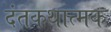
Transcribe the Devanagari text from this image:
दंतकथात्मक